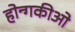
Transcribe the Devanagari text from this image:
होन्गकीओ